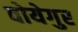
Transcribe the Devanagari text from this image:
वोयेगुर